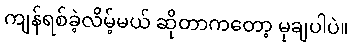
ကျန်ရစ်ခဲ့လိမ့်မယ် ဆိုတာကတော့ မုချပါပဲ။